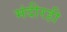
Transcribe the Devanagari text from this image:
मंदीरही